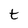
Character: t